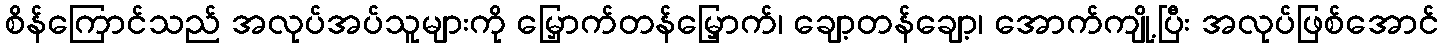
စိန်ကြောင်သည် အလုပ်အပ်သူများကို မြှောက်တန်မြှောက်၊ ချော့တန်ချော့၊ အောက်ကျို့ပြီး အလုပ်ဖြစ်အောင်